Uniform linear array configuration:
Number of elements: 4
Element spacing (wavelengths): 1
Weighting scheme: hamming
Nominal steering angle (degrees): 30
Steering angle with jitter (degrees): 29.42
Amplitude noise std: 0.05
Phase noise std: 0.05

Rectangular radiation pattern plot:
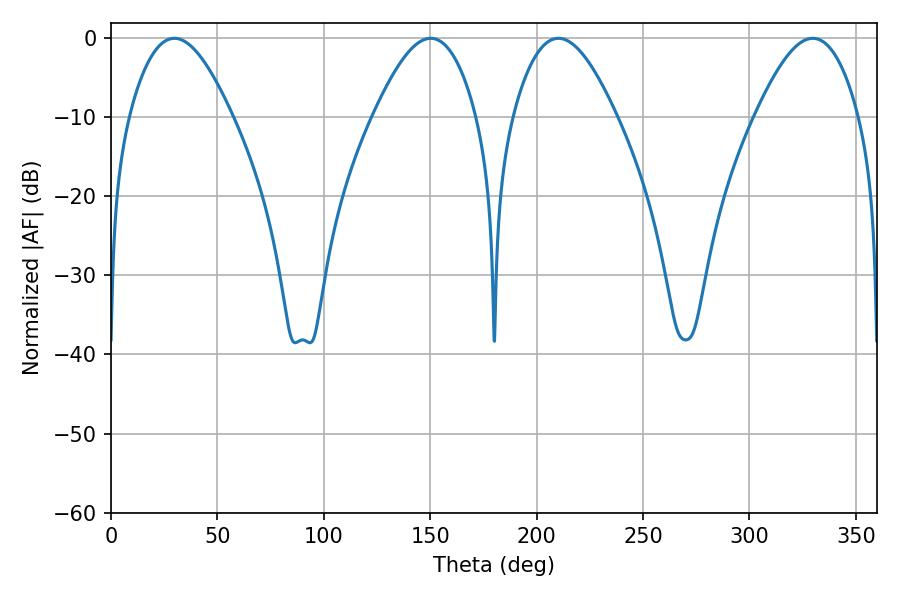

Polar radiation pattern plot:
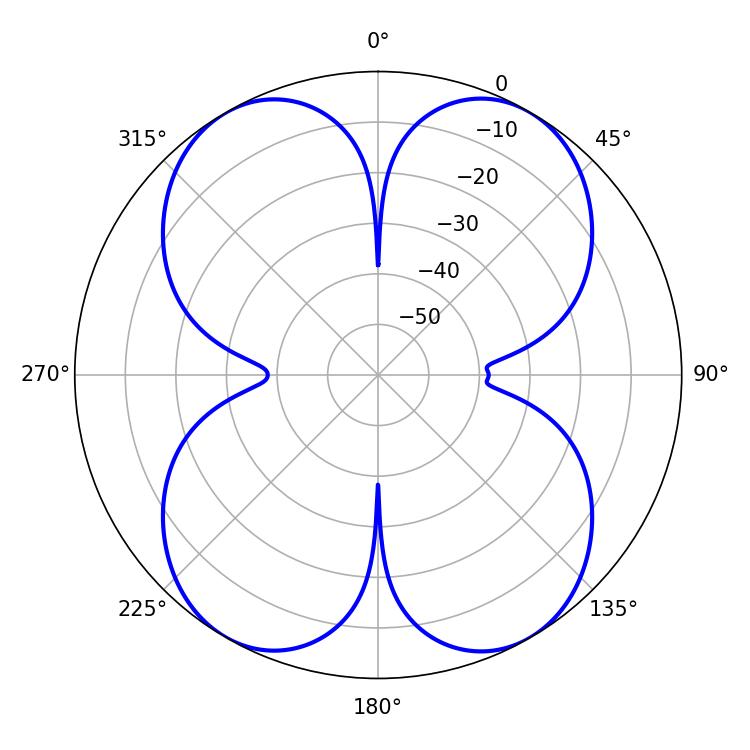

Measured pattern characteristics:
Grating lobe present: TRUE
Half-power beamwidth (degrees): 26.28
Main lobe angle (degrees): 210.24